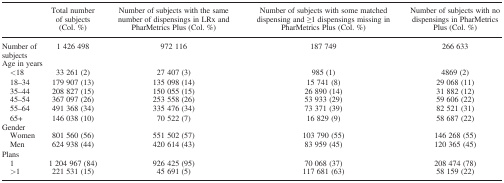
<table><thead><tr><td></td><td><b>Total number of subjects (Col. %)</b></td><td><b>Number of subjects with the same number of dispensings in LRx and PharMetrics Plus (Col. %)</b></td><td><b>Number of subjects with some matched dispensing and ≥1 dispensings missing in PharMetrics Plus (Col. %)</b></td><td><b>Number of subjects with no dispensings in PharMetrics Plus (Col. %)</b></td></tr></thead><tbody><tr><td>Number of subjects</td><td>1 426 498</td><td>972 116</td><td>187 749</td><td>266 633</td></tr><tr><td colspan="5">Age in years</td></tr><tr><td>&lt;18</td><td>33 261 (2)</td><td>27 407 (3)</td><td>985 (1)</td><td>4869 (2)</td></tr><tr><td>18–34</td><td>179 907 (13)</td><td>135 098 (14)</td><td>15 741 (8)</td><td>29 068 (11)</td></tr><tr><td>35–44</td><td>208 827 (15)</td><td>150 055 (15)</td><td>26 890 (14)</td><td>31 882 (12)</td></tr><tr><td>45–54</td><td>367 097 (26)</td><td>253 558 (26)</td><td>53 933 (29)</td><td>59 606 (22)</td></tr><tr><td>55–64</td><td>491 368 (34)</td><td>335 476 (34)</td><td>73 371 (39)</td><td>82 521 (31)</td></tr><tr><td>65+</td><td>146 038 (10)</td><td>70 522 (7)</td><td>16 829 (9)</td><td>58 687 (22)</td></tr><tr><td colspan="5">Gender</td></tr><tr><td>Women</td><td>801 560 (56)</td><td>551 502 (57)</td><td>103 790 (55)</td><td>146 268 (55)</td></tr><tr><td>Men</td><td>624 938 (44)</td><td>420 614 (43)</td><td>83 959 (45)</td><td>120 365 (45)</td></tr><tr><td colspan="5">Plans</td></tr><tr><td>1</td><td>1 204 967 (84)</td><td>926 425 (95)</td><td>70 068 (37)</td><td>208 474 (78)</td></tr><tr><td>&gt;1</td><td>221 531 (15)</td><td>45 691 (5)</td><td>117 681 (63)</td><td>58 159 (22)</td></tr></tbody></table>